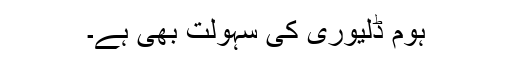
ہوم ڈلیوری کی سہولت بھی ہے۔